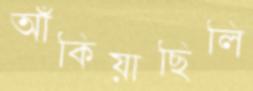
আঁকিয়াছিলি